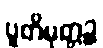
ပူတိမုတ္တဉ္စ